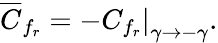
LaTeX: \overline{{{C}}}_{f_{r}}=-\left.C_{f_{r}}\right|_{\gamma\to-\gamma}.